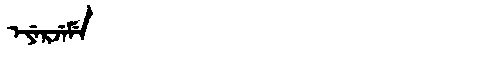
Manchu: ᡝᠶᡝᡵᠵᡝᠮᡝ
Romanization: EYERJEME